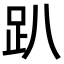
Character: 趴